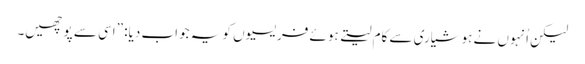
‏ لیکن اُنہوں نے ہوشیاری سے کام لیتے ہوئے فریسیوں کو یہ جواب دیا:‏ ”‏اِسی سے پوچھیں۔